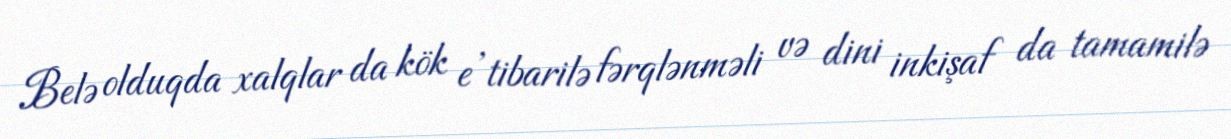
Belə olduqda xalqlar da kök e’tibarilə fərqlənməli və dini inkişaf da tamamilə